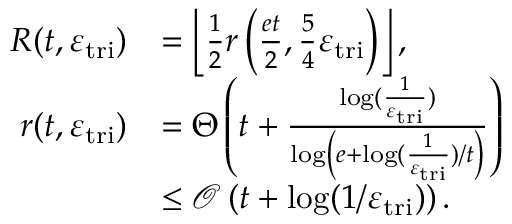
\begin{array} { r l } { R ( t , \varepsilon _ { \mathrm { t r i } } ) } & { = \left\lfloor \frac { 1 } { 2 } r \left( \frac { e t } { 2 } , \frac { 5 } { 4 } \varepsilon _ { \mathrm { t r i } } \right) \right\rfloor , } \\ { r ( t , \varepsilon _ { \mathrm { t r i } } ) } & { = \Theta \left( t + \frac { \log ( \frac { 1 } { \varepsilon _ { \mathrm { t r i } } } ) } { \log \left( e + \log ( \frac { 1 } { \varepsilon _ { \mathrm { t r i } } } ) / t \right) } \right) } \\ & { \leq \mathcal { O } \left( t + \log ( 1 / \varepsilon _ { \mathrm { t r i } } ) \right) . } \end{array}